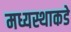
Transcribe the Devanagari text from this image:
मध्यस्थाकडे